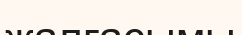
жалғасымы